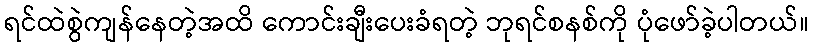
ရင်ထဲစွဲကျန်နေတဲ့အထိ ကောင်းချီးပေးခံရတဲ့ ဘုရင်စနစ်ကို ပုံဖော်ခဲ့ပါတယ်။